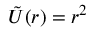
\tilde { U } ( r ) = r ^ { 2 }